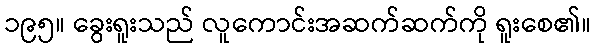
၁၉၅။ ခွေးရူးသည် လူကောင်းအဆက်ဆက်ကို ရူးစေ၏။